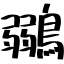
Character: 鶸